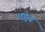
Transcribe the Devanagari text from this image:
चद्देव